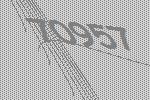
70957